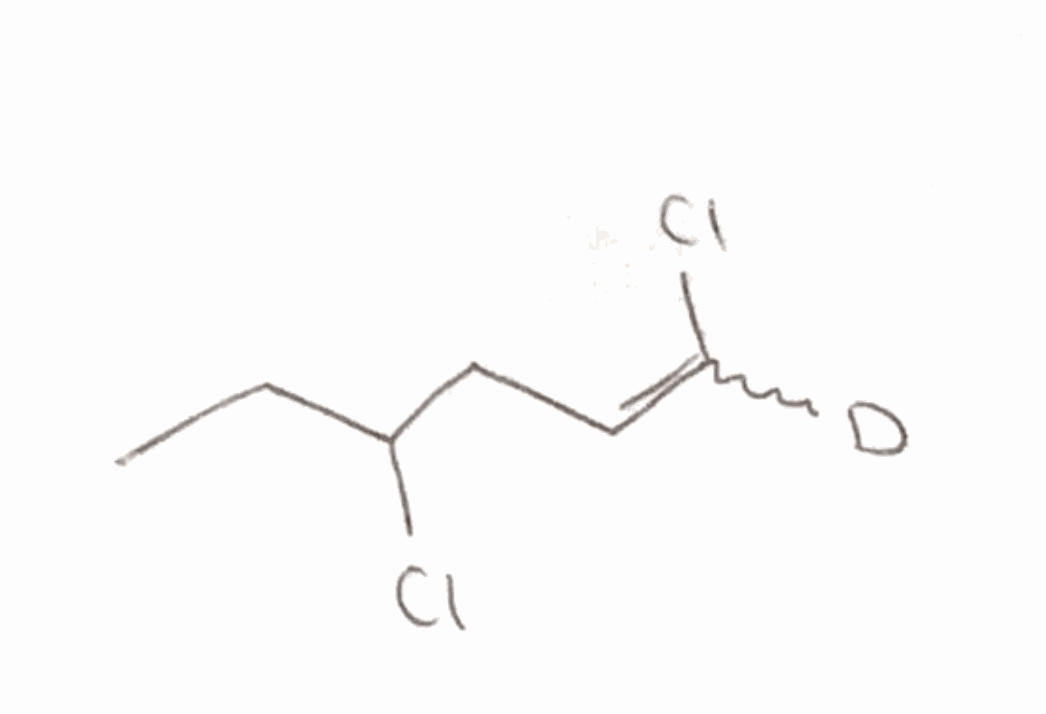
Simplified molecular-input line-entry system (SMILES) notation of the given molecule:
[2H]C(=CCC(CC)Cl)Cl